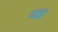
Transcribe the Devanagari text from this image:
घट्न